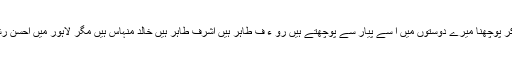
نہر کنارے پالمز کلب کے کھانے بچوں کا نام لے لے کر پوچھنا میرے دوستوں میں ا سے پیار سے پوچھتے ہیں رو ء ف طاہر ہیں اشرف طاہر ہیں خالد منہاس ہیں مگر لاہور میں احسن رشید نہیں ایسا لگتا ہے لاہور کے سر کی ٹوپی چھن گئی۔